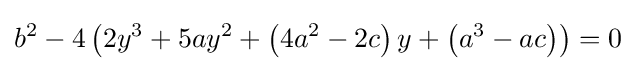
b^{2}-4\left(2y^{3}+5ay^{2}+\left(4a^{2}-2c\right)y+\left(a^{3}-ac\right)\right)=0